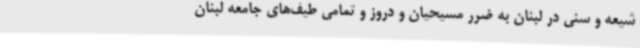
شیعه و سنی در لبنان به ضرر مسیحیان و دروز و تمامی طیف‌های جامعه لبنان